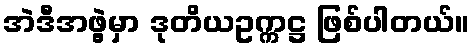
အဲဒီအဖွဲ့မှာ ဒုတိယဥက္ကဋ္ဌ ဖြစ်ပါတယ်။